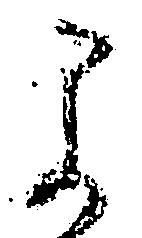
よ